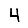
Digit: 4